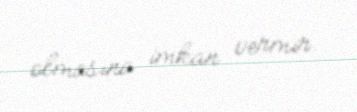
olmasına imkan vermir.